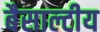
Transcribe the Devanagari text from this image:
बैसाल्टीय